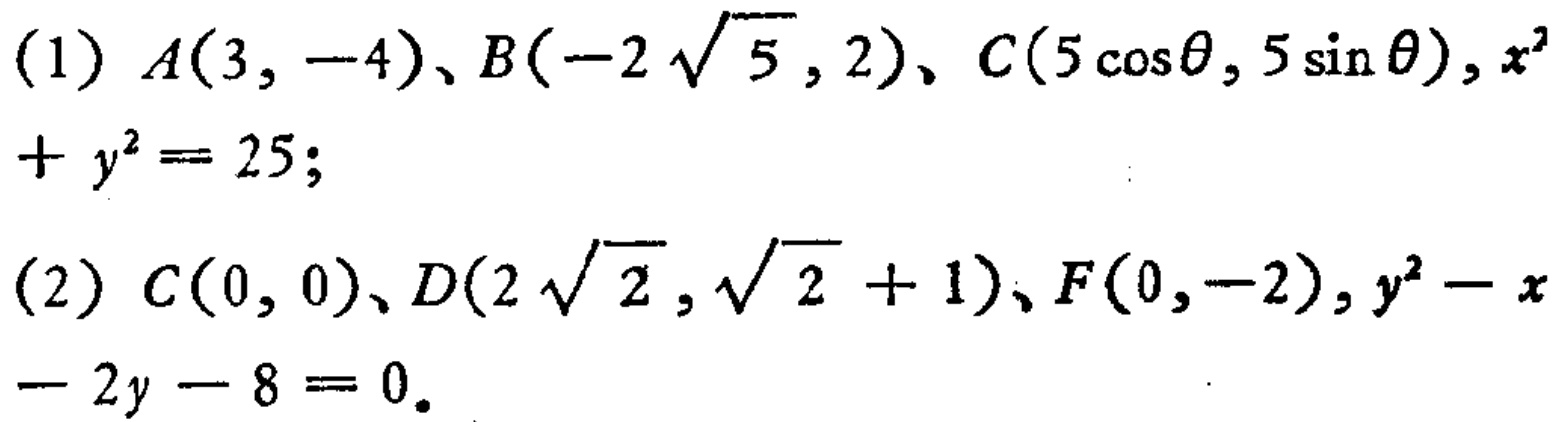
(1) \(A(3, -4)\)、\(B(-2\sqrt{5}, 2)\)、\(C(5\cos\theta, 5\sin\theta)\), \(x^{2}+y^{2}=25\);
(2) \(C(0, 0)\)、\(D(2\sqrt{2}, \sqrt{2}+1)\)、\(F(0, -2)\), \(y^{2}-x - 2y - 8 = 0\)